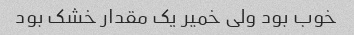
خوب بود ولی خمیر یک مقدار خشک بود